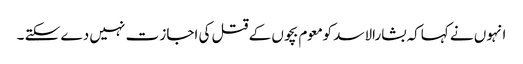
انہوں نے کہاکہ بشارالاسد کومعوم بچوں کے قتل کی اجاز ت نہیں دے سکتے ۔